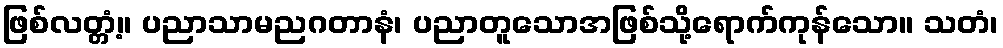
ဖြစ်လတ္တံ့။ ပညာသာမညဂတာနံ၊ ပညာတူသောအဖြစ်သို့ရောက်ကုန်သော။ သတံ၊